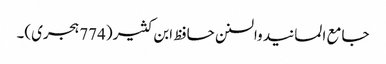
جامع المسانید والسنن حافظ ابن کثیر (774 ہجری)۔